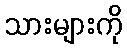
သားများကို